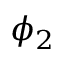
\phi _ { 2 }